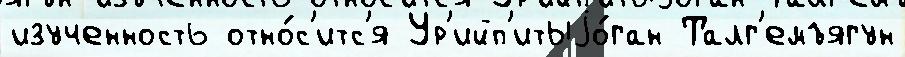
изученность отно́с'итс'я Ур'ийп'итыjо́ган Талг'емъягун